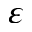
\varepsilon